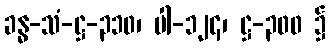
ခန္ဓ-သံ-ဋ္ဌ-၃၁၀၊ ပါ-၁၂၄၊ ဋ္ဌ-၃၀၀ ၌